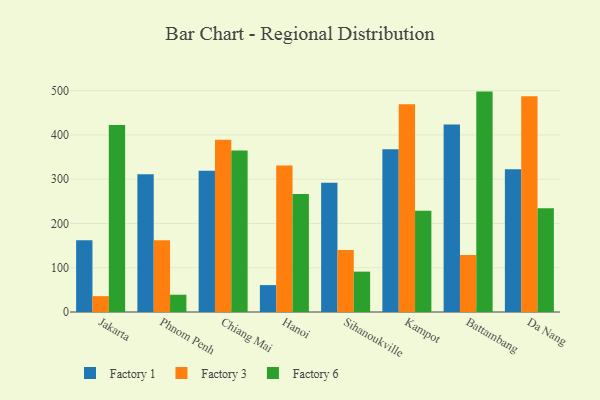
{"axis": {"x": "City", "y": "Conversion Rate (%)"}, "legend": ["Factory 1", "Factory 3", "Factory 6"], "data": [{"x": "Jakarta", "y": 162.3, "type": "Factory 1"}, {"x": "Jakarta", "y": 35.8, "type": "Factory 3"}, {"x": "Jakarta", "y": 422.4, "type": "Factory 6"}, {"x": "Phnom Penh", "y": 311.1, "type": "Factory 1"}, {"x": "Phnom Penh", "y": 161.9, "type": "Factory 3"}, {"x": "Phnom Penh", "y": 39.0, "type": "Factory 6"}, {"x": "Chiang Mai", "y": 319.2, "type": "Factory 1"}, {"x": "Chiang Mai", "y": 389.1, "type": "Factory 3"}, {"x": "Chiang Mai", "y": 364.8, "type": "Factory 6"}, {"x": "Hanoi", "y": 60.8, "type": "Factory 1"}, {"x": "Hanoi", "y": 331.1, "type": "Factory 3"}, {"x": "Hanoi", "y": 266.4, "type": "Factory 6"}, {"x": "Sihanoukville", "y": 292.1, "type": "Factory 1"}, {"x": "Sihanoukville", "y": 139.8, "type": "Factory 3"}, {"x": "Sihanoukville", "y": 91.2, "type": "Factory 6"}, {"x": "Kampot", "y": 367.8, "type": "Factory 1"}, {"x": "Kampot", "y": 469.2, "type": "Factory 3"}, {"x": "Kampot", "y": 228.8, "type": "Factory 6"}, {"x": "Battambang", "y": 423.4, "type": "Factory 1"}, {"x": "Battambang", "y": 128.9, "type": "Factory 3"}, {"x": "Battambang", "y": 497.9, "type": "Factory 6"}, {"x": "Da Nang", "y": 322.3, "type": "Factory 1"}, {"x": "Da Nang", "y": 487.6, "type": "Factory 3"}, {"x": "Da Nang", "y": 234.1, "type": "Factory 6"}]}